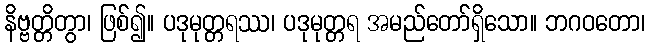
နိဗ္ဗတ္တိတွာ၊ ဖြစ်၍။ ပဒုမုတ္တရဿ၊ ပဒုမုတ္တရ အမည်တော်ရှိသော။ ဘဂဝတော၊